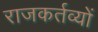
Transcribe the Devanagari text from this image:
राजकर्तव्यों